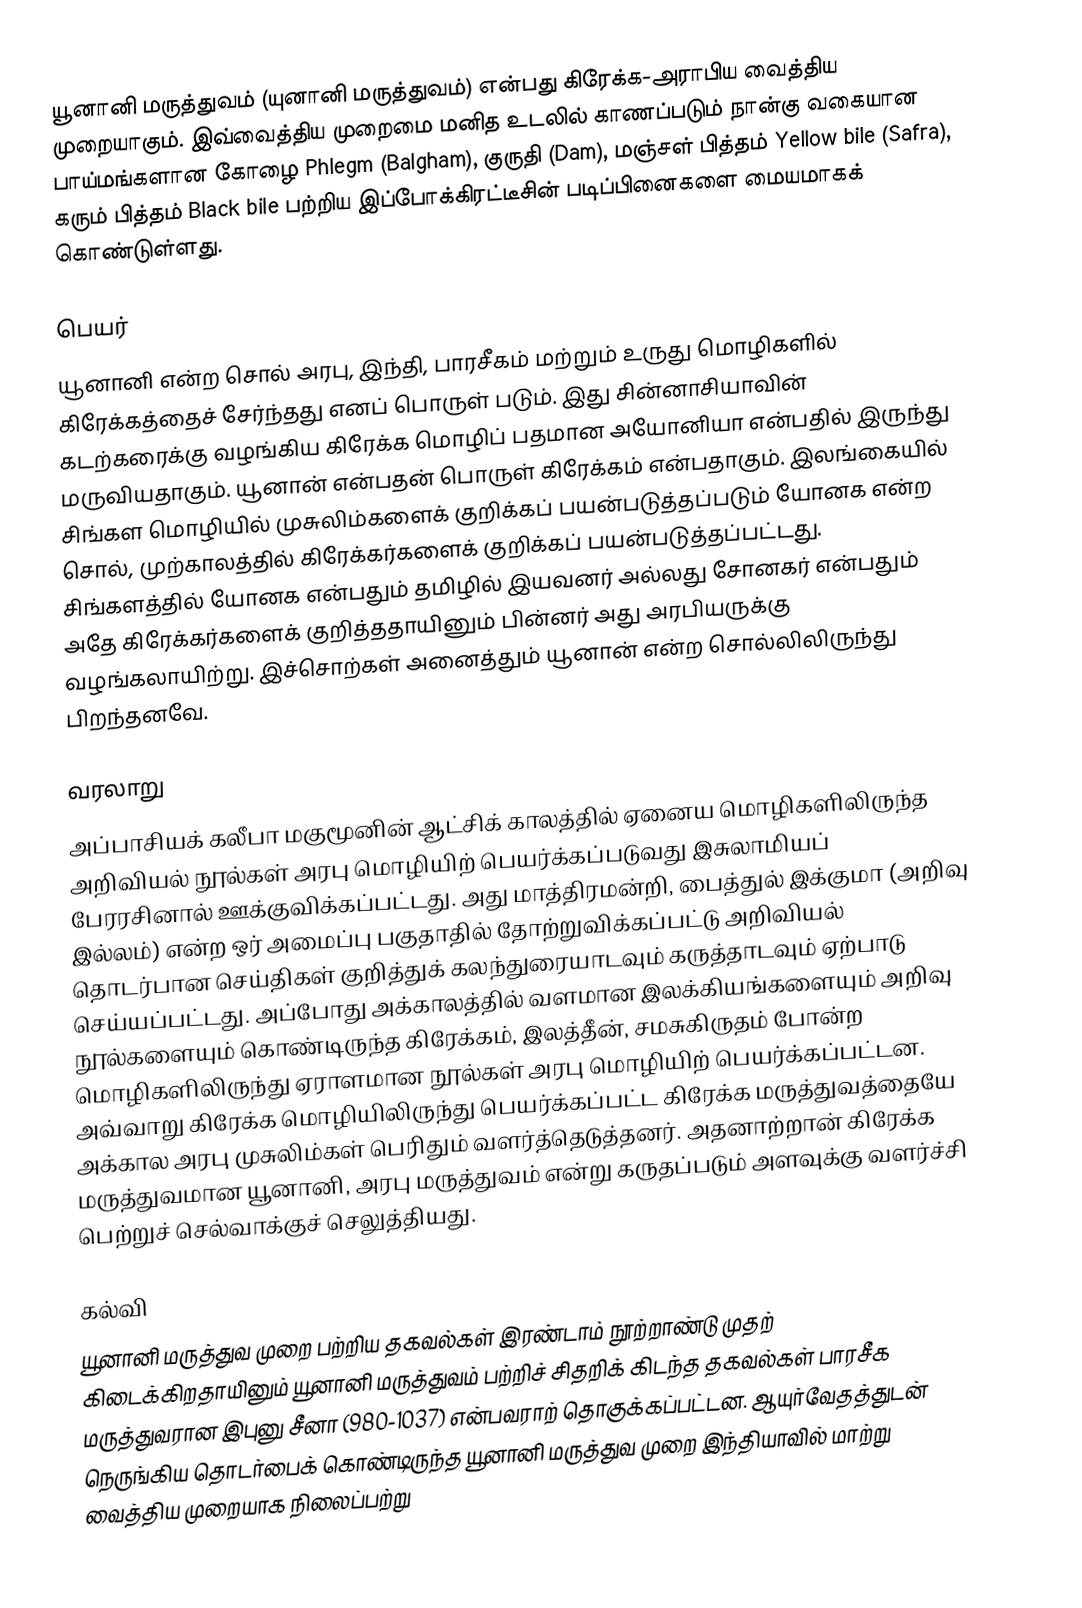
யூனானி மருத்துவம் (யுனானி மருத்துவம்) என்பது கிரேக்க-அராபிய வைத்திய முறையாகும். இவ்வைத்திய முறைமை மனித உடலில் காணப்படும் நான்கு வகையான பாய்மங்களான கோழை Phlegm (Balgham), குருதி (Dam), மஞ்சள் பித்தம் Yellow bile (Safra), கரும் பித்தம் Black bile பற்றிய இப்போக்கிரட்டீசின் படிப்பினைகளை மையமாகக் கொண்டுள்ளது.

பெயர்
யூனானி என்ற சொல் அரபு, இந்தி, பாரசீகம் மற்றும் உருது மொழிகளில் கிரேக்கத்தைச் சேர்ந்தது எனப் பொருள் படும். இது சின்னாசியாவின் கடற்கரைக்கு வழங்கிய கிரேக்க மொழிப் பதமான அயோனியா என்பதில் இருந்து மருவியதாகும். யூனான் என்பதன் பொருள் கிரேக்கம் என்பதாகும். இலங்கையில் சிங்கள மொழியில் முசுலிம்களைக் குறிக்கப் பயன்படுத்தப்படும் யோனக என்ற சொல், முற்காலத்தில் கிரேக்கர்களைக் குறிக்கப் பயன்படுத்தப்பட்டது. சிங்களத்தில் யோனக என்பதும் தமிழில் இயவனர் அல்லது சோனகர் என்பதும் அதே கிரேக்கர்களைக் குறித்ததாயினும் பின்னர் அது அரபியருக்கு வழங்கலாயிற்று. இச்சொற்கள் அனைத்தும் யூனான் என்ற சொல்லிலிருந்து பிறந்தனவே.

வரலாறு
அப்பாசியக் கலீபா மகுமூனின் ஆட்சிக் காலத்தில் ஏனைய மொழிகளிலிருந்த அறிவியல் நூல்கள் அரபு மொழியிற் பெயர்க்கப்படுவது இசுலாமியப் பேரரசினால் ஊக்குவிக்கப்பட்டது. அது மாத்திரமன்றி, பைத்துல் இக்குமா (அறிவு இல்லம்) என்ற ஒர் அமைப்பு பகுதாதில் தோற்றுவிக்கப்பட்டு அறிவியல் தொடர்பான செய்திகள் குறித்துக் கலந்துரையாடவும் கருத்தாடவும் ஏற்பாடு செய்யப்பட்டது. அப்போது அக்காலத்தில் வளமான இலக்கியங்களையும் அறிவு நூல்களையும் கொண்டிருந்த கிரேக்கம், இலத்தீன், சமசுகிருதம் போன்ற மொழிகளிலிருந்து ஏராளமான நூல்கள் அரபு மொழியிற் பெயர்க்கப்பட்டன. அவ்வாறு கிரேக்க மொழியிலிருந்து பெயர்க்கப்பட்ட கிரேக்க மருத்துவத்தையே அக்கால அரபு முசுலிம்கள் பெரிதும் வளர்த்தெடுத்தனர். அதனாற்றான் கிரேக்க மருத்துவமான யூனானி, அரபு மருத்துவம் என்று கருதப்படும் அளவுக்கு வளர்ச்சி பெற்றுச் செல்வாக்குச் செலுத்தியது.

கல்வி
யூனானி மருத்துவ முறை பற்றிய தகவல்கள் இரண்டாம் நூற்றாண்டு முதற் கிடைக்கிறதாயினும் யூனானி மருத்துவம் பற்றிச் சிதறிக் கிடந்த தகவல்கள் பாரசீக மருத்துவரான இபுனு சீனா (980-1037) என்பவராற் தொகுக்கப்பட்டன. ஆயுர்வேதத்துடன் நெருங்கிய தொடர்பைக் கொண்டிருந்த யூனானி மருத்துவ முறை இந்தியாவில் மாற்று வைத்திய முறையாக நிலைப்பற்று